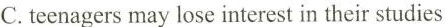
C.teenagersmay lose interest in their studies